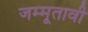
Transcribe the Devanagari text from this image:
जम्मूतावी